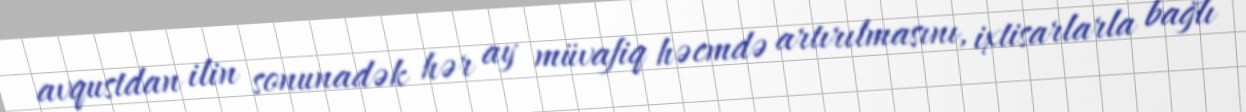
avqustdan ilin sonunadək hər ay müvafiq həcmdə artırılmasını, ixtisarlarla bağlı